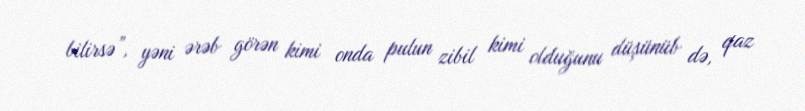
bilirsə”, yəni ərəb görən kimi onda pulun zibil kimi olduğunu düşünüb də, qaz